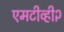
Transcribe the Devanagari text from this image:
एमटीव्ही२